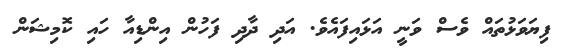
ފިޔަވަޅުތައް ވެސް ވަނީ އަޅައިފައެވެ. އަދި ދާދި ފަހުން އިންޑިއާ ހައި ކޮމިޝަން